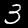
Digit: 3